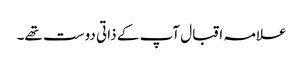
علامہ اقبال آپ کے ذاتی دوست تھے۔